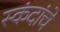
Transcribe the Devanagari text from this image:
स्कंदांचे